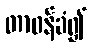
တာဝန်ခံ၍